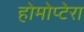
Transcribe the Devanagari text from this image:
होमोप्टेरा